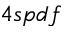
4 s p d f